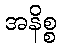
အနိစ္စ